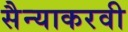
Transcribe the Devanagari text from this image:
सैन्याकरवी